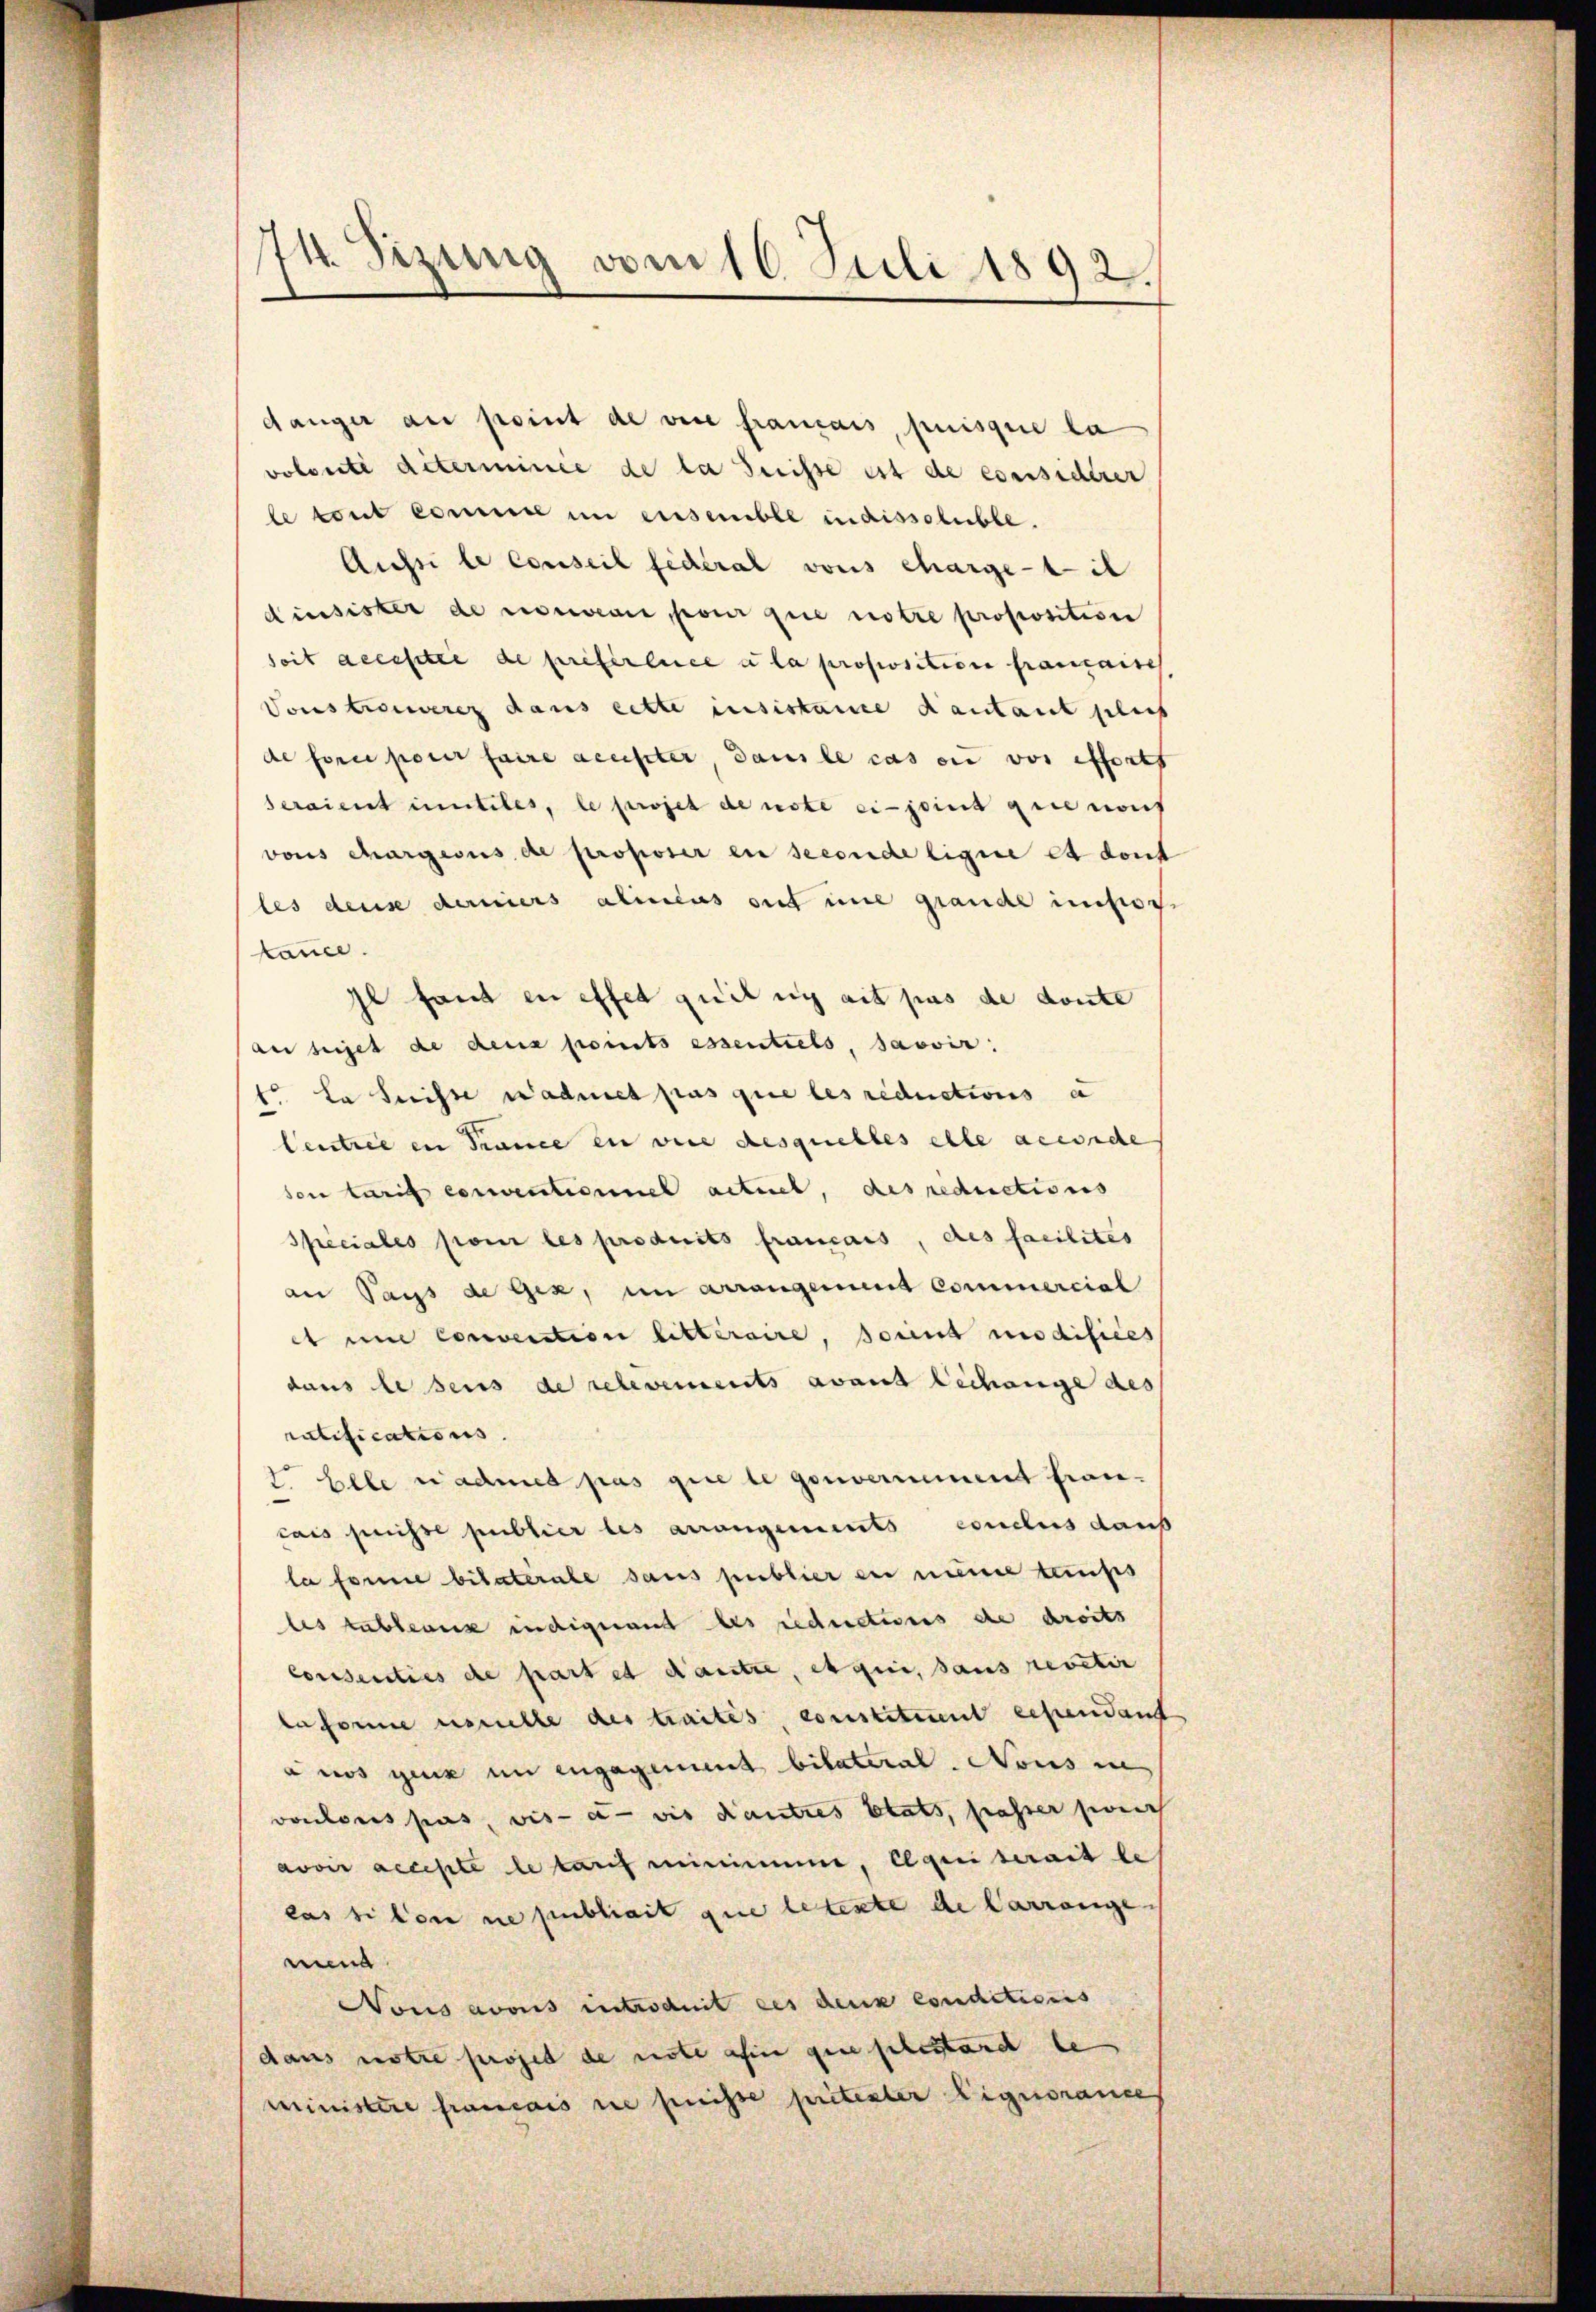
74. Sizung vom 16. Juli 1892.

danger au point de vice français, puisque la
volonté déterminie de la Suisse ist de considerer
le tout comme im ensemble indissoluble.
Aussi le conseil fédéral vons chargetil
dinsister de nouveau pour que notre proposition
seit accestie de preferlence a la proposition franzaisch
Vonstromverez dans cette insistane Kantant plus
de force parer faire aceister, dans le cas en vor efforst
Seraient intiles, le projet de note ci-joint gute nous
vous chargesus de proposer en seconde ligne et dont
les dense derniers alimens gut une grande infor
kance.
t fand in effet quit sich ait pas de donte
an seiget de dens points essentiels, savoir.
t. La Suisse Wadmet pas que les reductions a
Centrie in France in vice desquelles elle accorde
son tarif conventioniel actuel, des reductions
Speciales pour les produits français, des facilites
an Pays de Gex, im Arrangement Commercial
et um convention litteraire, sont modifices
dans lesens de relevements avant Lechange des
ratifications.
F. Elle nachmes pas que le gouvernement francais puisse publier les arrangements conclus dans
la forme bilaterale sans publier ein meine taufs
les tableaus indignand des reductions de droits
Consenties de part et d’autre, et qui, sans revetir
ta forme ustelle des traités constituent cependant
 was ganz im engagement bilateral. Nous in
vontons pas vis-à-vis autres blats, passer sich
avoir accepte le lauf minimme, Elqui serait le
las si von ne publicit que letente de Carrange
nen
Vous avouis introduit des denk condationis
daus notre projed de note afin que phestand le
Ministere francais ne puisse protester Eignorance